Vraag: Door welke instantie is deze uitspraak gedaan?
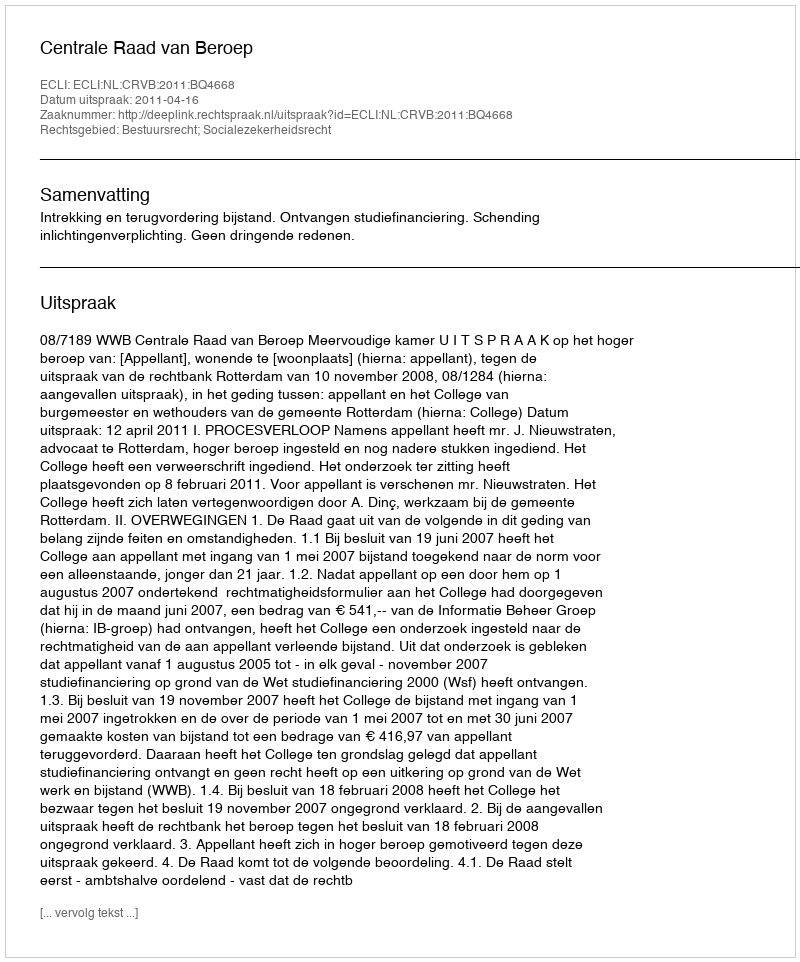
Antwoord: Centrale Raad van Beroep